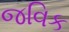
જવિક